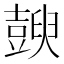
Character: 𧰇